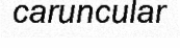
caruncular